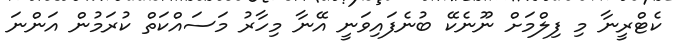
ކެޓްރީނާ މި ފިލްމަށް ނޫނެކޭ ބުނެފައިވަނީ އޭނާ މިހާރު މަސައްކަތް ކުރަމުން އަންނަ